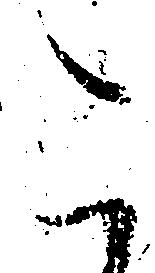
こ